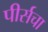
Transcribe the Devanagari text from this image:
पीर्सचा